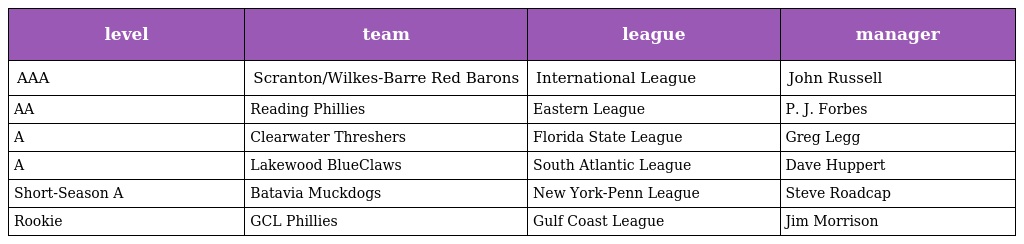
| level | team | league | manager |
 | --- | --- | --- | --- |
 | AAA | Scranton/Wilkes-Barre Red Barons | International League | John Russell |
 | AA | Reading Phillies | Eastern League | P. J. Forbes |
 | A | Clearwater Threshers | Florida State League | Greg Legg |
 | A | Lakewood BlueClaws | South Atlantic League | Dave Huppert |
 | Short-Season A | Batavia Muckdogs | New York-Penn League | Steve Roadcap |
 | Rookie | GCL Phillies | Gulf Coast League | Jim Morrison |